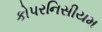
કોપરનિસીયમ